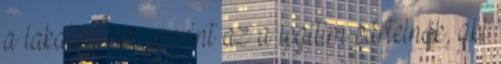
a lakatos, aki szerint az a legitim pártelnök, aki